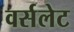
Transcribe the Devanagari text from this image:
वर्सलेट